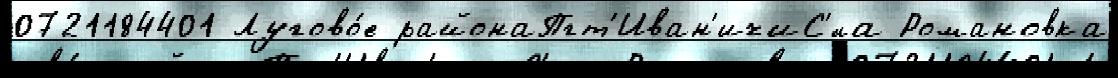
0721184401 Лугово́е районаПгт'Иван'ичиС'́ла Романовка